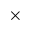
\times